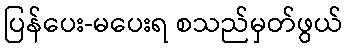
ပြန်ပေး-မပေးရ စသည်မှတ်ဖွယ်